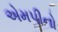
એમપીનો